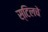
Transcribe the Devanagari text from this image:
स्टिलचे